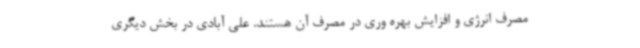
مصرف انرژی و افزایش بهره وری در مصرف آن هستند. علی آبادی در بخش دیگری